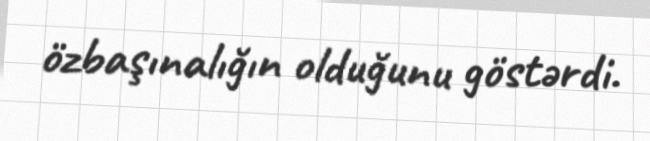
özbaşınalığın olduğunu göstərdi.